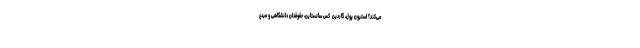
می‌کند؟ استیون پول، گاردین  کَس سانستاین، حقوقدان دانشگاهی و مبدع